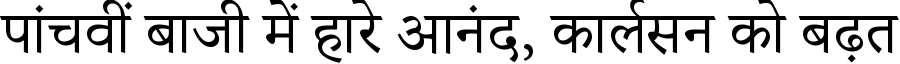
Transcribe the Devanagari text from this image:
पांचवीं बाजी में हारे आनंद, कार्लसन को बढ़त